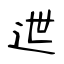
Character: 迣